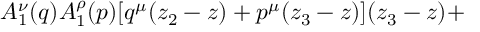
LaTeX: A _ { 1 } ^ { \nu } ( q ) A _ { 1 } ^ { \rho } ( p ) [ q ^ { \mu } ( z _ { 2 } - z ) + p ^ { \mu } ( z _ { 3 } - z ) ] ( z _ { 3 } - z ) +